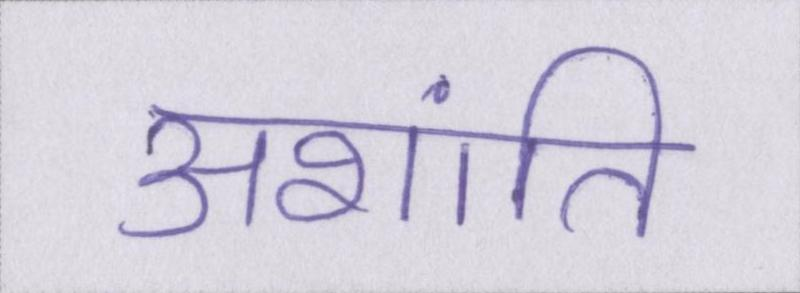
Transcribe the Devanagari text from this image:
अशांति